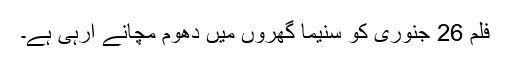
فلم 26 جنوری کو سنیما گھروں میں دھوم مچانے آرہی ہے۔